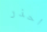
احذر